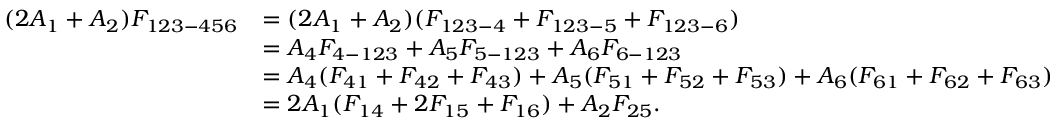
\begin{array} { r l } { ( 2 A _ { 1 } + A _ { 2 } ) F _ { 1 2 3 - 4 5 6 } } & { = ( 2 A _ { 1 } + A _ { 2 } ) ( F _ { 1 2 3 - 4 } + F _ { 1 2 3 - 5 } + F _ { 1 2 3 - 6 } ) } \\ & { = A _ { 4 } F _ { 4 - 1 2 3 } + A _ { 5 } F _ { 5 - 1 2 3 } + A _ { 6 } F _ { 6 - 1 2 3 } } \\ & { = A _ { 4 } ( F _ { 4 1 } + F _ { 4 2 } + F _ { 4 3 } ) + A _ { 5 } ( F _ { 5 1 } + F _ { 5 2 } + F _ { 5 3 } ) + A _ { 6 } ( F _ { 6 1 } + F _ { 6 2 } + F _ { 6 3 } ) } \\ & { = 2 A _ { 1 } ( F _ { 1 4 } + 2 F _ { 1 5 } + F _ { 1 6 } ) + A _ { 2 } F _ { 2 5 } { . } } \end{array}